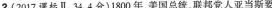
2.(2017课标Ⅱ，34，4分)1800年，美国总统，联邦党人亚当斯